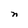
Character: n